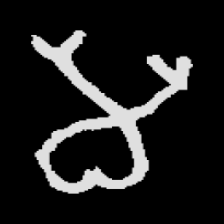
Pyu character \u2014 Myanmar letter: မ (romanized: ma)